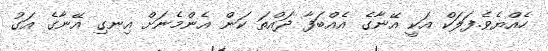
ހެއްޔެވެ.ފަލަކް އަކީ އޭނާގެ އެއްބަފާ ދައްތަ ކަން އެންމެނަށް އިނގި އޭނާގެ އަގު